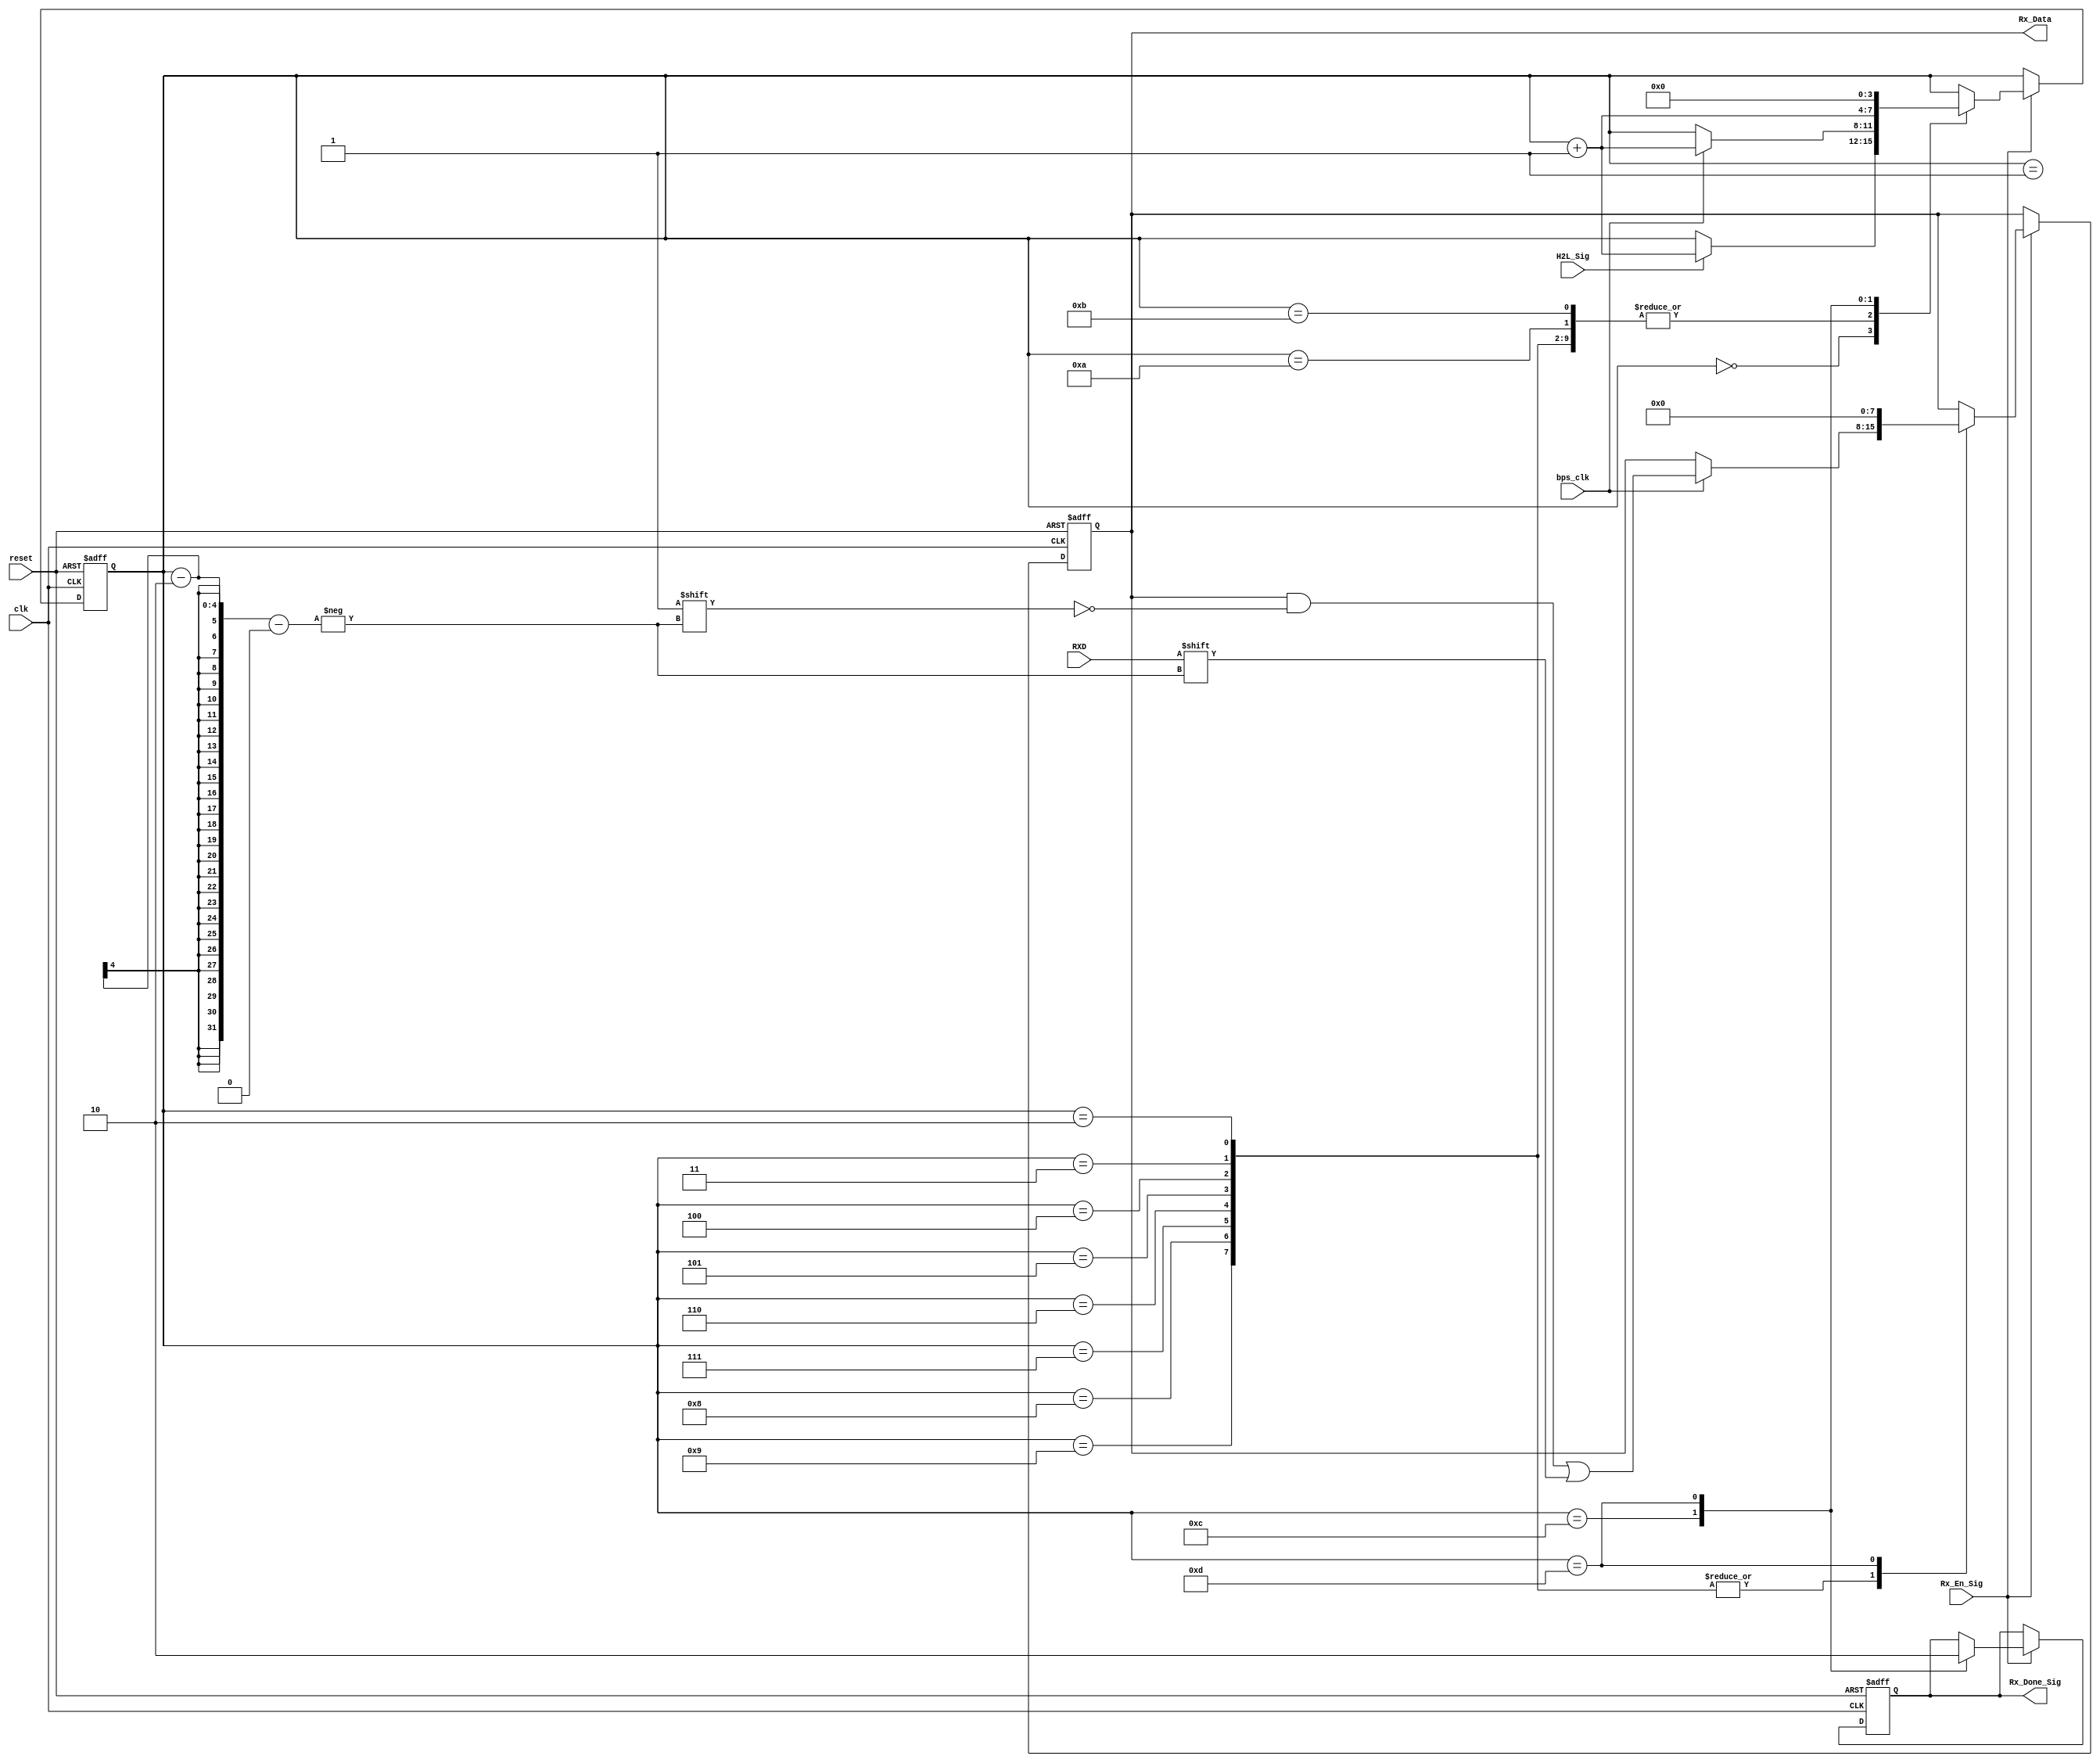
module rx_core(clk,reset,H2L_Sig,RXD,Rx_En_Sig,bps_clk,Rx_Data,Rx_Done_Sig);
input clk;
input reset;
input H2L_Sig;
input RXD;
input Rx_En_Sig;
input bps_clk;

output [7:0] Rx_Data;
output Rx_Done_Sig;

//counter driven design pattern.
reg [3:0] i/*synthesis keep*/;
//temporary variables.
reg [7:0] rData/*synthesis keep*/;
reg isDone/*synthesis keep*/;
always@(posedge clk or posedge reset)
begin
	if(reset) begin
				i<=4'd0;
				rData<=8'd0;
				isDone<=1'b0;
	          end
	else if(Rx_En_Sig) begin
						 case(i)
						 		4'd0: if(H2L_Sig) begin i<=i+1'b1; end //falling-edge,trigger start.
						 		4'd1: if(bps_clk) begin i<=i+1'b1; end //start bit, ignore it.
						 		4'd2,4'd3,4'd4,4'd5,4'd6,4'd7,4'd8,4'd9: //data bits, lock in.
						 			  if(bps_clk) begin i<=i+1'b1;rData[i-2]<=RXD; end  
						 		4'd10: if(bps_clk) begin i<=i+1'b1; end //parity bit,ignore it.
						 		4'd11: if(bps_clk) begin i<=i+1'b1; end //stop bit, ignore it.
						 		4'd12: begin i<=i+1'b1; isDone<=1'b1;end 
						 		4'd13: begin i<=1'b0; isDone<=1'b0; rData<=8'd0; end
						 endcase
	     				end
end
assign Rx_Data=rData;
assign Rx_Done_Sig=isDone;
endmodule